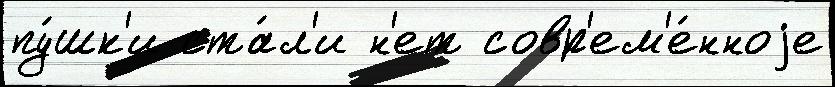
пу́шк'и ста́л'и н'ет совр'ем'е́нноjе